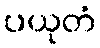
ပယုတံ